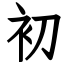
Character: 初